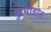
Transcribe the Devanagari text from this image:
कुभांडात